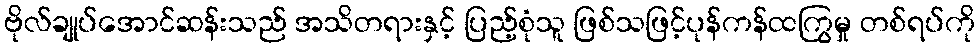
ဗိုလ်ချုပ်အောင်ဆန်းသည် အသိတရားနှင့် ပြည့်စုံသူ ဖြစ်သဖြင့်ပုန်ကန်ထကြွမှု တစ်ရပ်ကို